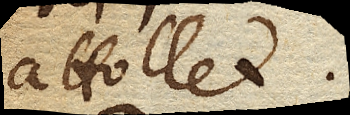
attollet.